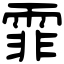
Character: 霏